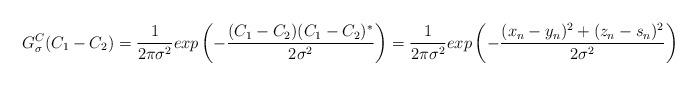
LaTeX: \begin{align*}G^{C}_{\sigma} (C_1 - C_2 )= \frac{1}{2\pi\sigma^2}exp \left ( -\frac{(C_{1} - C_{2}) (C_{1} - C_{2})^{*}}{2\sigma^2} \right ) = \frac{1}{2\pi\sigma^2} exp \left ( -\frac{(x_{n} - y_{n})^{2} + (z_{n} - s_{n})^{2} }{2\sigma^2} \right ) \end{align*}